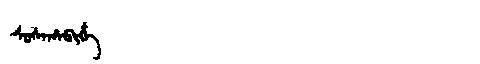
Manchu: ᠰᠣᠰᠠᡥᠠᠪᡳᡥᡝ
Romanization: SOSAHABIHE